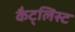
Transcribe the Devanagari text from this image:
कैट्लिस्ट